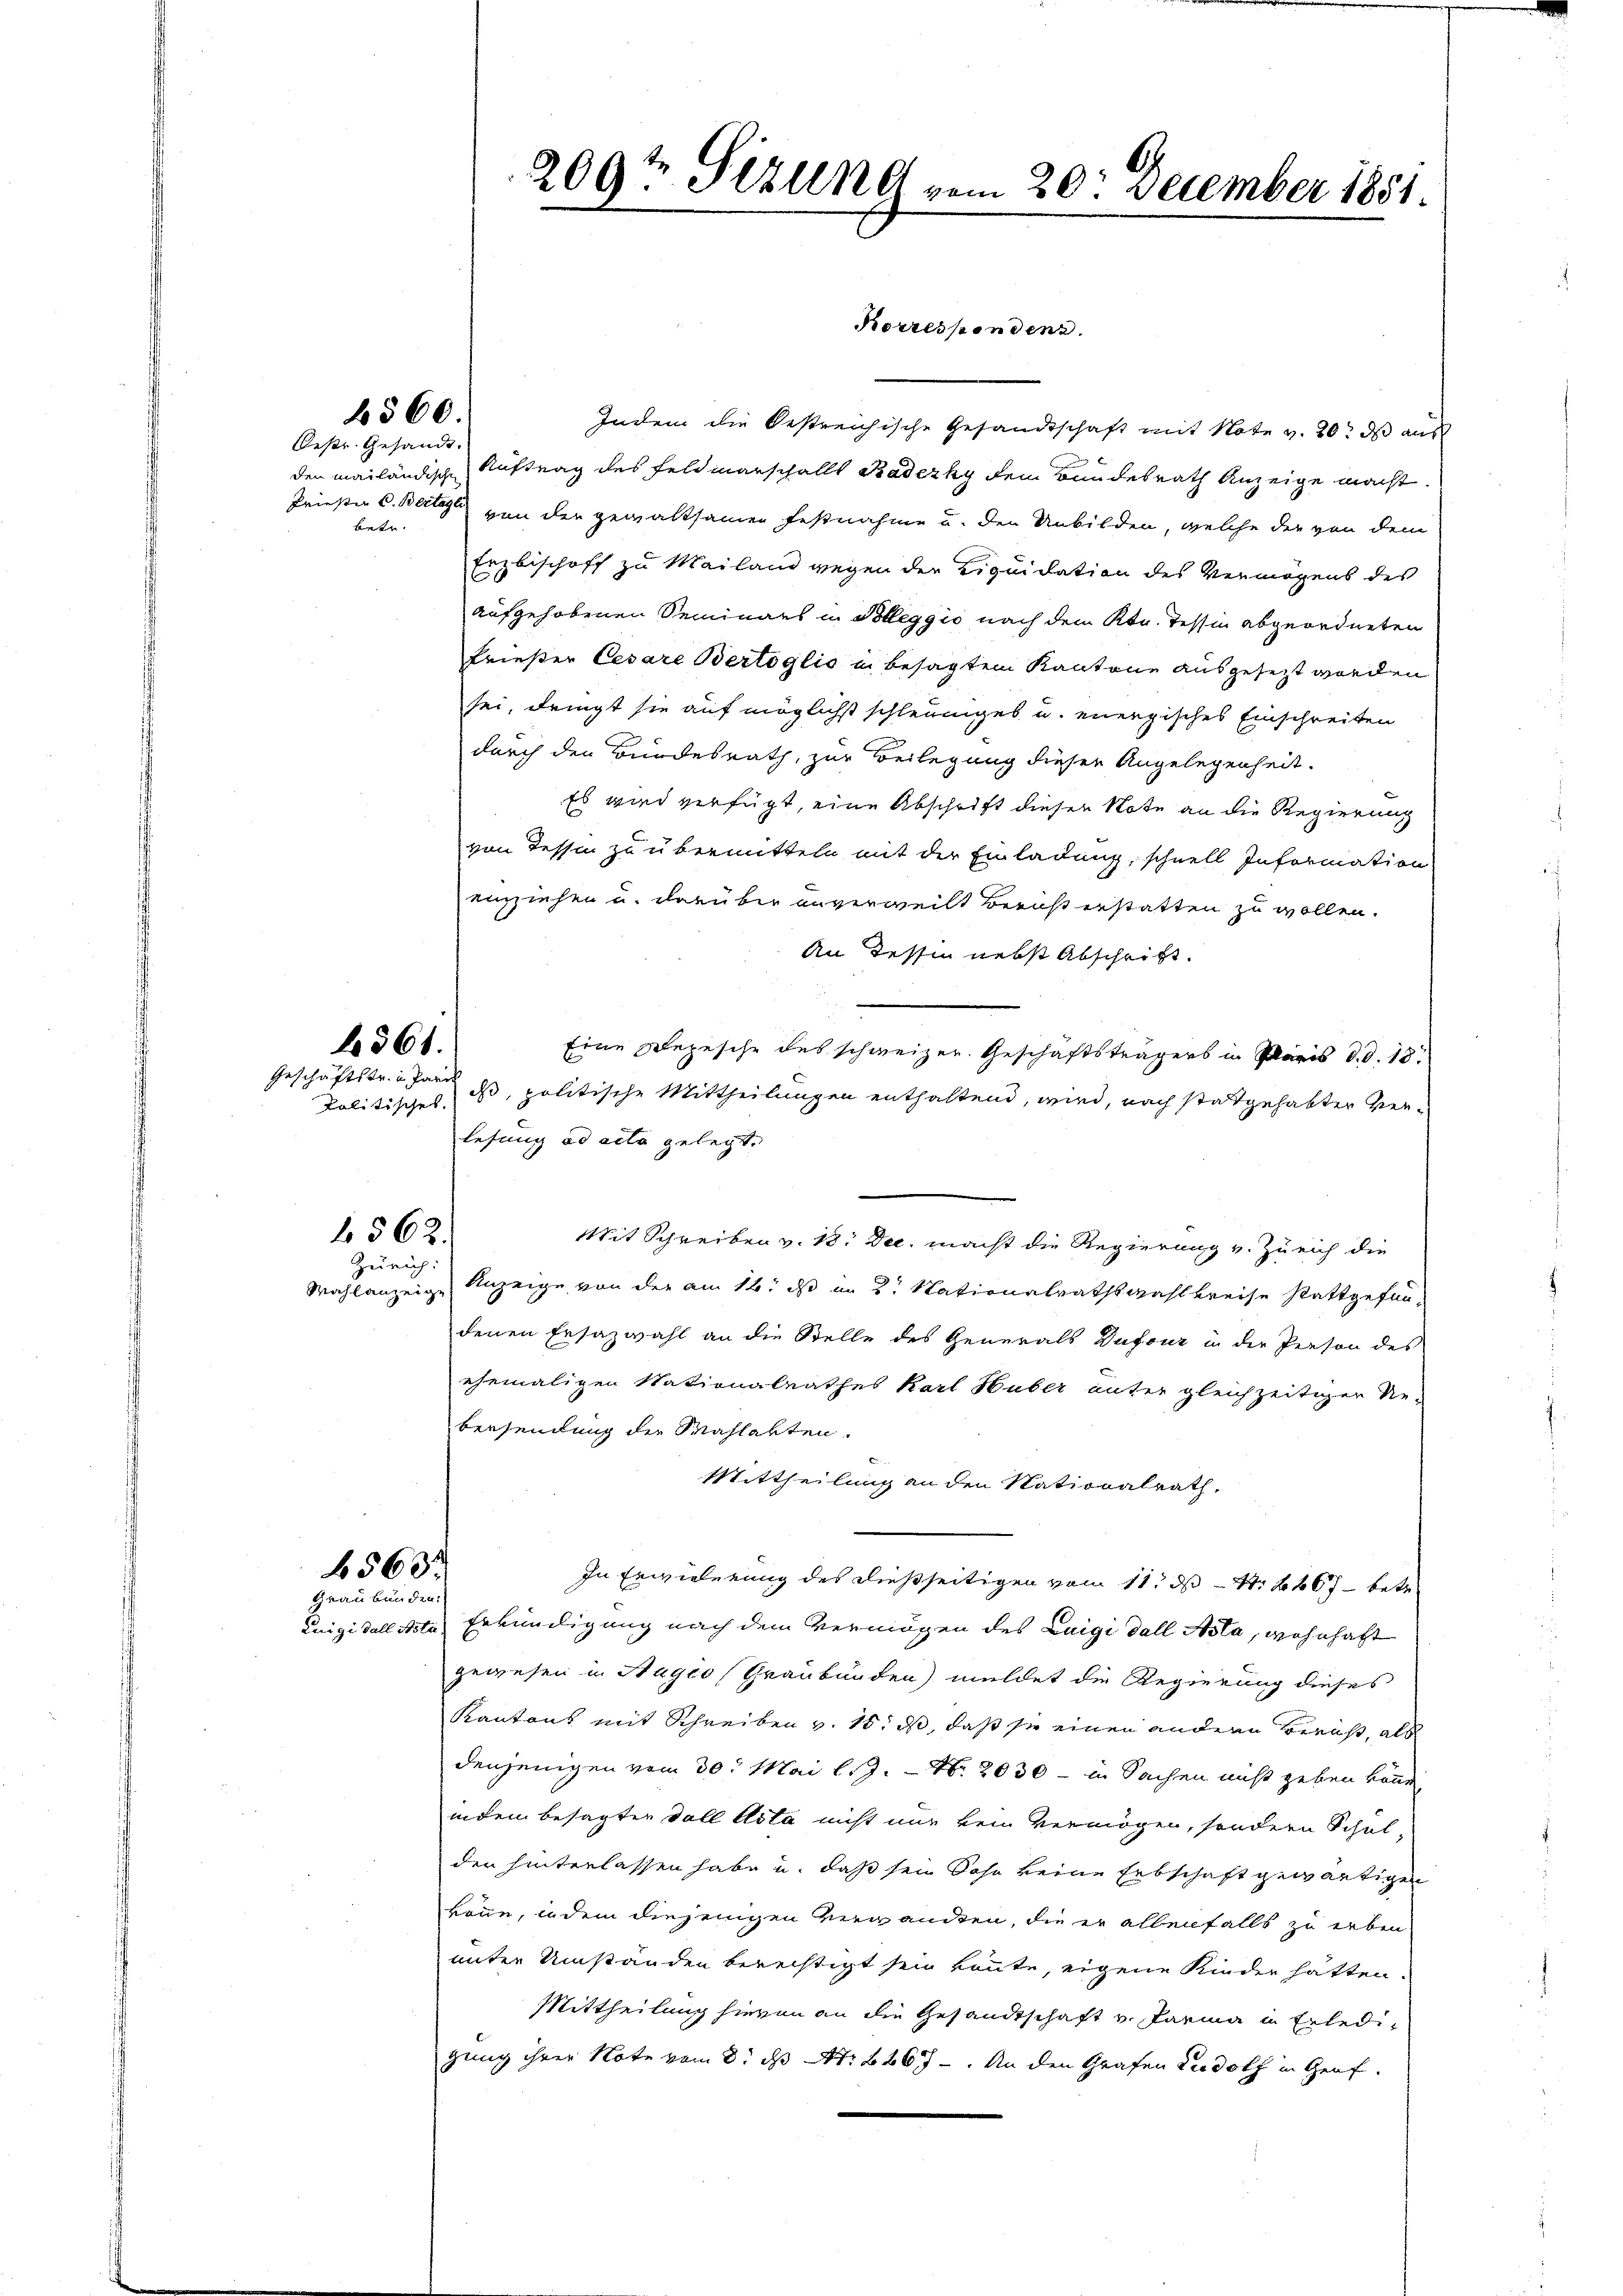
6560.
Oestr. Gesandt.

betr.

politisches

561.
Geschäftstr. in Paris

b. 562.

Zürich:

563.
Graubünden.

Indem die bestreichische Gesandtschaft mit Note v. 20. ds aus
den mailändische Auftrag des Feldmarschalls Radezky dem Bundesrath Anzeige macht.
Priester C. Beilage von der gewaltsamen festnahme u. den Unbilden, welche der von dem
Erzbischoff zu Mailand wegen der Liquidation des Vermögens des
aufgehobenen Seminars in Polleggio nach dem Kt. Tessin abgeordneten
Frieser Cesare Bertoglio in besagtem Kantone ausgesezt worden
sei, dringt sie auf möglichst schleuniges u. energisches Einschreiten
durch den Bundesrath, zur Beilegung dieser Angelegenheit.
Es wird verfügt, eine Abschrift dieser Note an die Regierung
von Tessin zu übermitteln mit der Einladung, schnell Information
einziehen u. darüber unverweilt Bericht erstatten zu wollen.
An Tessin nebst Abschrift.
Eine Depesche des schweizer. Geschäftsträgers in Paris d. d. 18.
dss, politische Mittheilungen enthaltend, wird, nach stattgehabter verlesung ad acta gelegt.
Mit Schreiben v. 18. Dec. macht die Regierung v. Zürich die
Wahlanzeige Anzeige von der am 16. ds im 2. Nationalrathswahlkreise stattgefundenen Ersazwahl an die Stelle des Generals Dufour in der Person des
ehemaligen Nationalrathes Karl Huber unter gleichzeitiger Re-
bersendung der Mahlakten.
Mittheilung an den Nationalrath.
In Erwiederung des dießseitigen vom 11. ds S. 467 betre
Luigi dalliste Erkundigung nach dem Vermögen des Luigi dell Asta, wohnhaft
gewesen in Ragio Graubünden) meldet die Regierung dieses
Kantant mit Schreiben v. 18. ds, daß sie einen andern Bericht, als
denjenigen vom 30. Mai l.J. - No. 2030 - in Sachen nicht geben könn
indem besagten Fall Asta nicht nur kein Vermögen, sondern Schulden hinterlassen habe u. daß sein Sohn keine Erbschaft gewärtigen
könne, indem diejenigen verwandten, die er allenfalls zu erben-
unter Umständen berechtigt sein könnte, eigene Kinder hätten.
Mittheilung hievon an die Gesandtschaft v. Parma in Erledigung ihrer Note vom 8. ds Nr. 2267. An den Grafen Rudolf in Graf.

209t Sezung vom 20. December 1851.

Korrespondens.